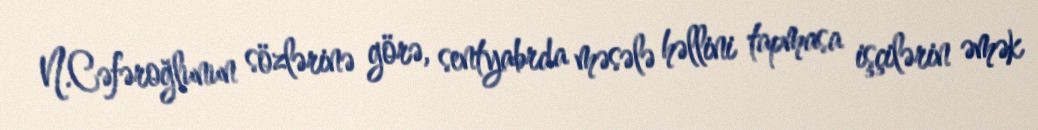
N.Cəfəroğlunun sözlərinə görə, sentyabrda məsələ həllini tapmasa işçilərin əmək